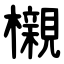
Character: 櫬